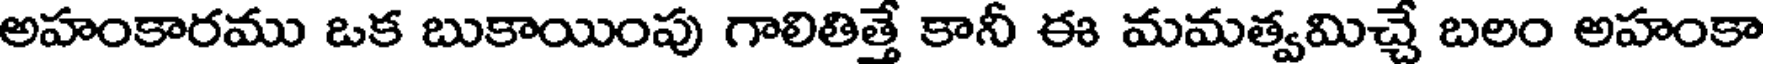
అహంకారము ఒక బుకాయింపు గాలితిత్తే కానీ ఈ మమత్వమిచ్చే బలం అహంకా